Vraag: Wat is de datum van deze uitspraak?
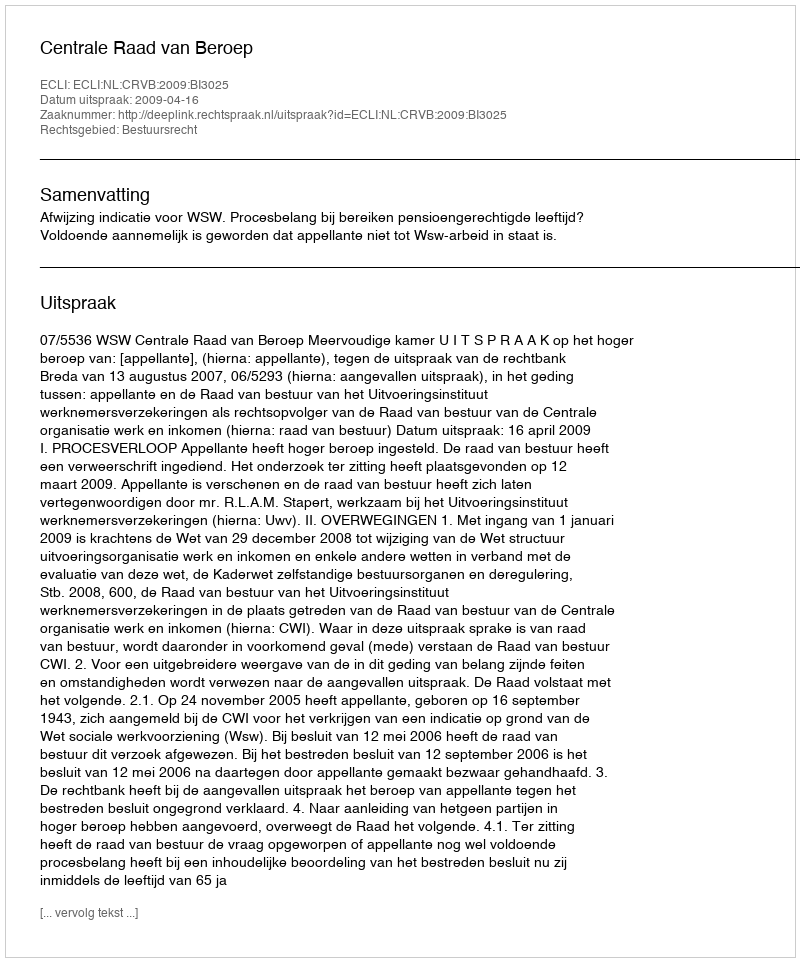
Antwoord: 2009-04-16